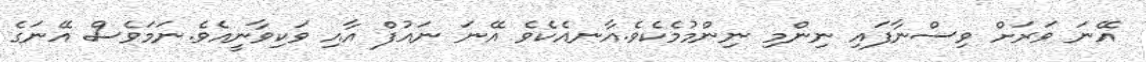
އޭނަ ވަރަށް ވިސްނާފައި ނިންމި ނިންމުމެކެވެ.އާނއެކެވެ އޭނަ ނައުފް އާއި ވަކިވާނީއެވެ.ނަމަވެސް އޭނަގެ